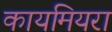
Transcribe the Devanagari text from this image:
कायमियरा